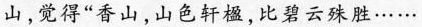
山，觉得”香山，山色轩楹，比碧云殊胜……